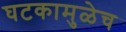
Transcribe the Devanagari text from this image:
घटकामुळेच